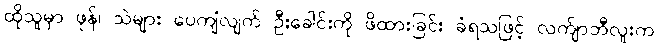
ထိုသူမှာ ဖုန်၊ သဲများ ပေကျံလျက် ဦးခေါင်းကို ဖိထားခြင်း ခံရသဖြင့် လက်ျာဘီလူးက